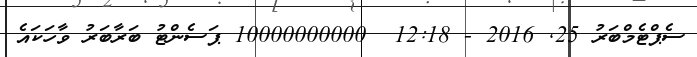
ސެޕްޓެމްބަރު 25